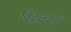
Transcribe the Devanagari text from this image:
विद्वतवर्ग